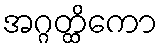
အဂ္ဂတ္ထိကော